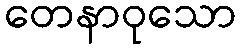
တေနာဝုသော